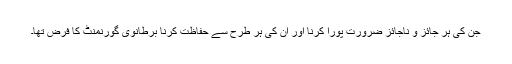
جن کی ہر جائز و ناجائز ضرورت پورا کرنا اور ان کی ہر طرح سے حفاظت کرنا برطانوی گورنمنٹ کا فرض تھا۔